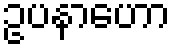
ဥပနာဟော